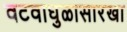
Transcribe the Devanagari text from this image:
वटवाघुळासारखा